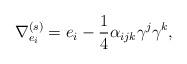
LaTeX: \begin{align*}\nabla ^{(s)}_{e_{i}} = e_{i} - \frac{1}{4}\alpha _{ijk}\gamma ^{j}\gamma ^{k},\end{align*}